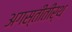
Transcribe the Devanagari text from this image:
अगस्तीतीर्थ